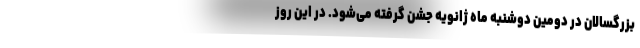
بزرگسالان در دومین دوشنبه ماه ژانویه جشن گرفته می‌شود. در این روز